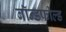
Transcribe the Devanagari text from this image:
बॉन्डफील्ड